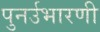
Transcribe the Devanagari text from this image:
पुनर्उभारणी